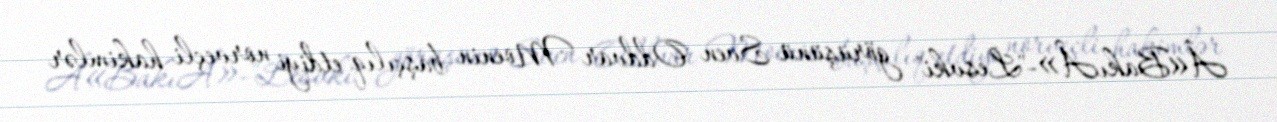
Â«BakıÂ»-"Lesvki" görüşünü Sven Oddvar Moenin başçılıq etdiyi norveçli hakimlər